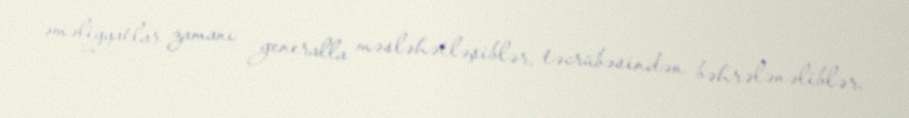
əməliyyatlar zamanı generalla məsləhətləşiblər, təcrübəsindən bəhrələnəliblər.